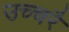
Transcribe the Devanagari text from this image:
उच्‍चरै